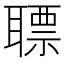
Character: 䏇